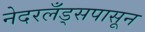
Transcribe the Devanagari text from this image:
नेदरलँड्सपासून